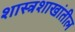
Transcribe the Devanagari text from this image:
शास्त्रशाखांतील